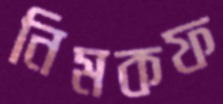
নিমকফ